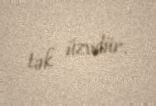
tək üzvdür.